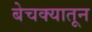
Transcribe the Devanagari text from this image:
बेचक्‍यातून